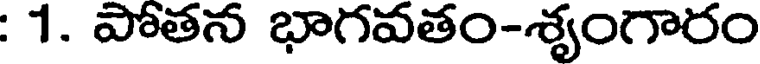
: 1. పోతన భాగవతం-శ్యంగారం